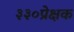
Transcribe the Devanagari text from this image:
३३०प्रेक्षक